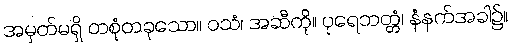
အမှတ်မရှိ တစုံတခုသော။ ဝသံ၊ အဆီကို။ ပုရေဘတ္တံ၊ နံနက်အခါ၌။